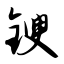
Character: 锼